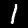
Label: 1